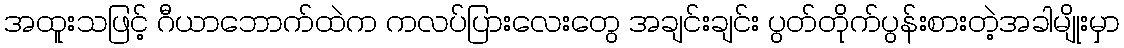
အထူးသဖြင့် ဂီယာဘောက်ထဲက ကလပ်ပြားလေးတွေ အချင်းချင်း ပွတ်တိုက်ပွန်းစားတဲ့အခါမျိုးမှာ